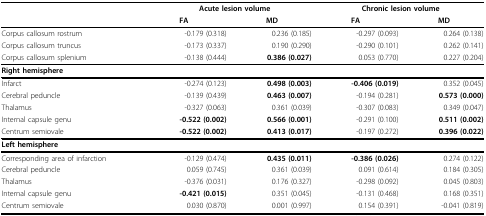
<table><thead><tr><td></td><td colspan="2"><b>Acute lesion volume</b></td><td colspan="2"><b>Chronic lesion volume</b></td></tr><tr><td></td><td><b>FA</b></td><td><b>MD</b></td><td><b>FA</b></td><td><b>MD</b></td></tr></thead><tbody><tr><td>Corpus callosum rostrum</td><td>-0.179 (0.318)</td><td>0.236 (0.185)</td><td>-0.297 (0.093)</td><td>0.264 (0.138)</td></tr><tr><td>Corpus callosum truncus</td><td>-0.173 (0.337)</td><td>0.190 (0.290)</td><td>-0.290 (0.101)</td><td>0.262 (0.141)</td></tr><tr><td>Corpus callosum splenium</td><td>-0.138 (0.444)</td><td><b>0.386 (0.027)</b></td><td>0.053 (0.770)</td><td>0.227 (0.204)</td></tr><tr><td><b>Right hemisphere</b></td><td></td><td></td><td></td><td></td></tr><tr><td>Infarct</td><td>-0.274 (0.123)</td><td><b>0.498 (0.003)</b></td><td><b>-0.406 (0.019)</b></td><td>0.352 (0.045)</td></tr><tr><td>Cerebral peduncle</td><td>-0.139 (0.439)</td><td><b>0.463 (0.007)</b></td><td>-0.194 (0.281)</td><td><b>0.573 (0.000)</b></td></tr><tr><td>Thalamus</td><td>-0.327 (0.063)</td><td>0.361 (0.039)</td><td>-0.307 (0.083)</td><td>0.349 (0.047)</td></tr><tr><td>Internal capsule genu</td><td><b>-0.522 (0.002)</b></td><td><b>0.566 (0.001)</b></td><td>-0.291 (0.100)</td><td><b>0.511 (0.002)</b></td></tr><tr><td>Centrum semiovale</td><td><b>-0.522 (0.002)</b></td><td><b>0.413 (0.017)</b></td><td>-0.197 (0.272)</td><td><b>0.396 (0.022)</b></td></tr><tr><td><b>Left hemisphere</b></td><td></td><td></td><td></td><td></td></tr><tr><td>Corresponding area of infarction</td><td>-0.129 (0.474)</td><td><b>0.435 (0.011)</b></td><td><b>-0.386 (0.026)</b></td><td>0.274 (0.122)</td></tr><tr><td>Cerebral peduncle</td><td>0.059 (0.745)</td><td>0.361 (0.039)</td><td>0.091 (0.614)</td><td>0.184 (0.305)</td></tr><tr><td>Thalamus</td><td>-0.376 (0.031)</td><td>0.176 (0.327)</td><td>-0.298 (0.092)</td><td>0.045 (0.803)</td></tr><tr><td>Internal capsule genu</td><td><b>-0.421 (0.015)</b></td><td>0.351 (0.045)</td><td>-0.131 (0.468)</td><td>0.168 (0.351)</td></tr><tr><td>Centrum semiovale</td><td>0.030 (0.870)</td><td>0.001 (0.997)</td><td>0.154 (0.391)</td><td>-0.041 (0.819)</td></tr></tbody></table>